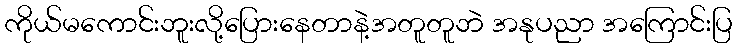
ကိုယ်မကောင်းဘူးလို့ပြေားနေတာနဲ့အတူတူဘဲ အနုပညာ အကြောင်းပြ